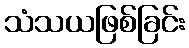
သံသယဖြစ်ခြင်း